Annual administration and progress report of the Indian Medical Department, Bombay
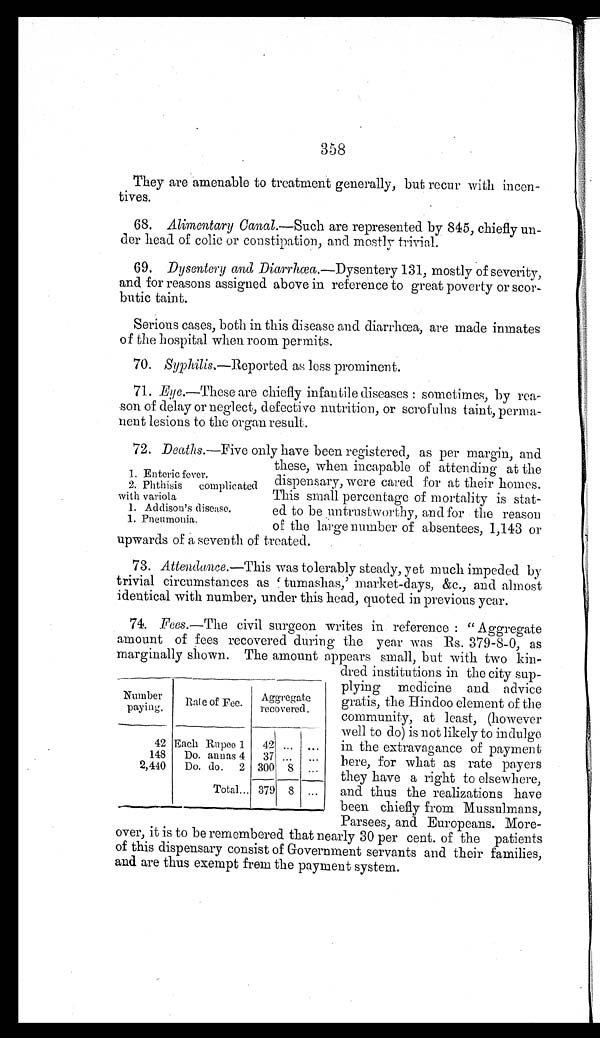
358
They are amenable to treatment generally, but recur with incen-
tives.
68. Alimentary Canal .—Such are represented by 845, chiefly un-
-der head of colic or constipation, and mostly trivial.
69. Dysentery and Diarrhœa.—Dysentery 131, mostly of severity,
and for reasons assigned above in reference to great poverty or scor--
butic taint.
Serious cases, both in this disease and diarrhœa, are made inmates
of the hospital when room permits.
70. Syphilis.—Reported as less prominent.
71. Eye .—These are chiefly infantile diseases : sometimes, by rea--
son of delay or neglect, defective nutrition, or scrofulus taint, perma--
nent lesions to the organ result.
72. Deaths. —Five only have been registered, as per margin, and
these, when incapable of attending at the
dispensary, were cared for at their homes.
This small percentage of mortality is stat
-ed to be untrustworthy, and for the reason
of the large number of absentees, 1,143 or
upwards of a seventh of treated.
73. Attendance. —This was tolerably steady, yet much impeded by
trivial circumstances as ‘ tumashas,' market-days, &c., and almost
identical with number, under this head, quoted in previous year.
74. Fees.
— T h e civil surgeon writes in reference : " Aggregate
amount of fees recovered during the year was Rs. 379-8-0, as
marginally shown. The amount appears small, but with two kin-
dred institutions in the city sup-
plying medicine and advice
gratis, the Hindoo element of the
community, at least, (however
well to do) is not likely to indulge
in the extravagance of payment
here, for what as rate payers
they have a right to elsewhere,
and thus the realizations have
been chiefly from Mussulmans,
Parsees, and Europeans. More-
over, it is to be remembered that nearly 30 per cent. of the patients
of this dispensary consist of Government servants and their families,
and are thus exempt frem the payment system.
1. Enteric fever.
2. Phthisis
complicated
with variola
1. Addison's disease.
1. Pneumonia.
Number
paying.
Rate of Fee.
A g g r e g a t e
recovered.
42 Each Rupee 1
42 ...
. . .
148
Do. annas 4
37 ...
. . .
2,440
Do. do.
2 300
8
...
Total... 379 8
...